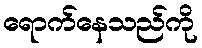
ရောက်နေသည်ကို